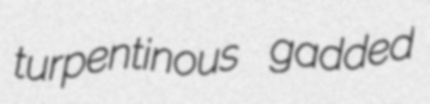
turpentinous gadded